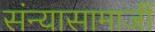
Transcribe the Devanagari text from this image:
संन्यासामाजीं